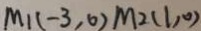
M _ { 1 } ( - 3 , 0 ) M _ { 2 } ( 1 , 0 )